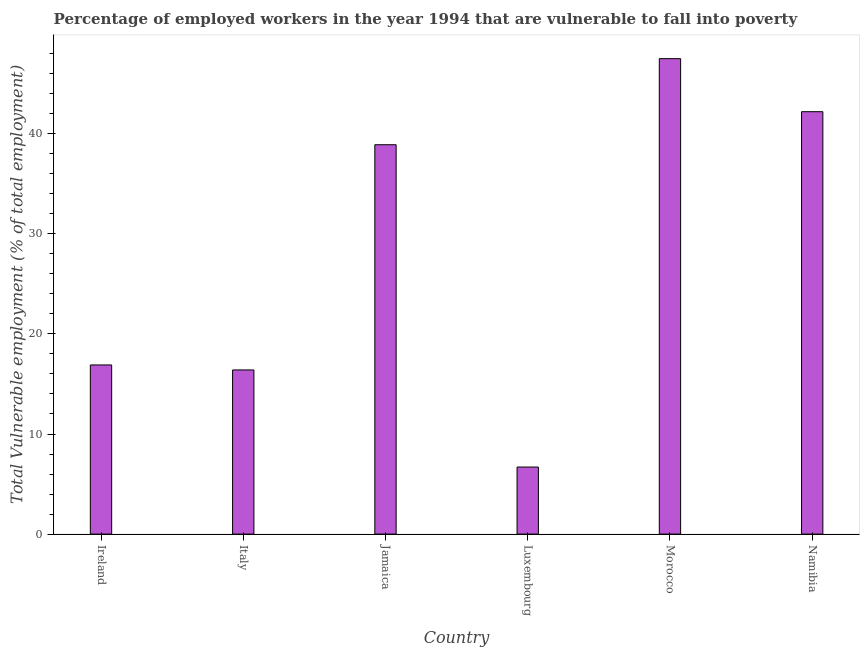
| Country | Vulnerable employment |
 | --- | --- |
 | Ireland | 16.9 |
 | Italy | 16.4 |
 | Jamaica | 38.9 |
 | Luxembourg | 6.7 |
 | Morocco | 47.5 |
 | Namibia | 42.2 |